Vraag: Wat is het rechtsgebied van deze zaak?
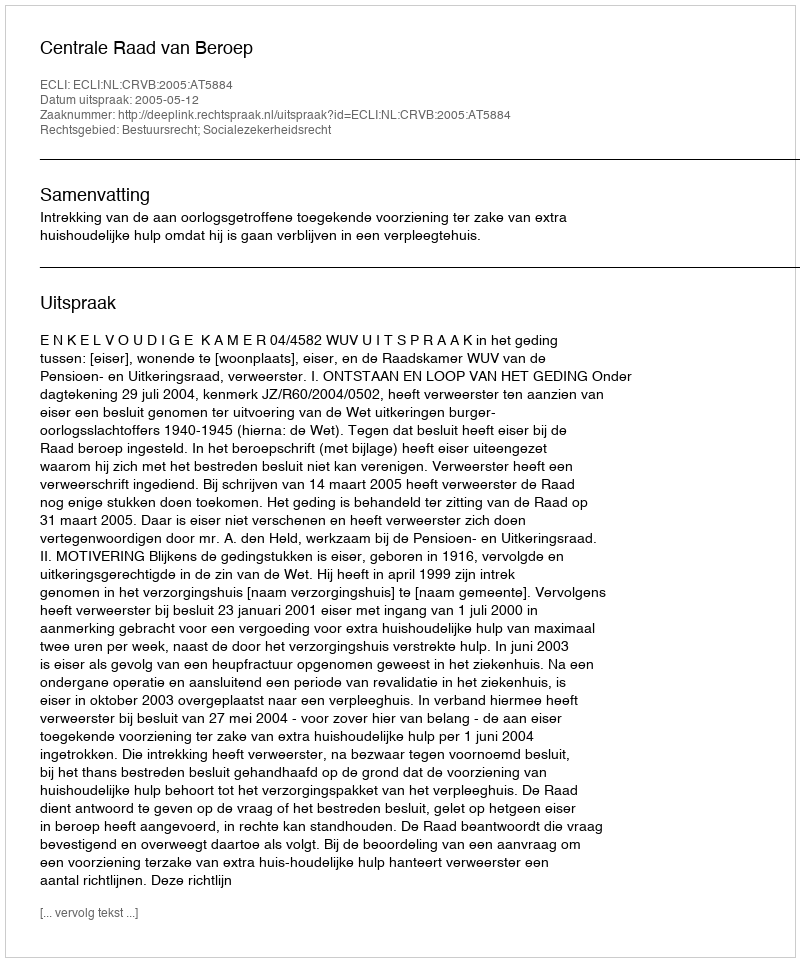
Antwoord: Bestuursrecht; Socialezekerheidsrecht